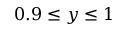
0 . 9 \leq y \leq 1